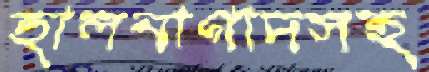
হালনাগাদসহ